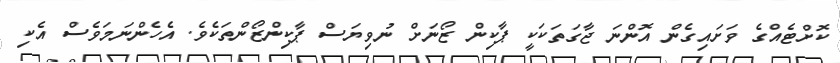
ކޮށްޓެއްގެ ވަށައިގެން އޮންނަ ޖާގަތަކަކީ ޕާކިން ޒޯނަށް ނުވިޔަސް ޕާކިންޒޯންތަކެވެ. އެހެންނަމަވެސް އެކި